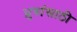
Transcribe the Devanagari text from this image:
ध्रुवांसाठी